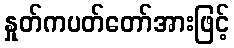
နှုတ်ကပတ်တော်အားဖြင့်